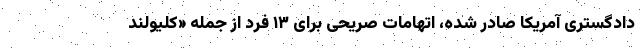
دادگستری آمریکا صادر شده، اتهامات صریحی برای ۱۳ فرد از جمله «کلیولند